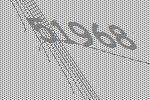
51968